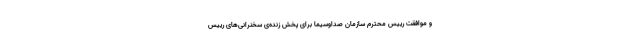
و موافقت رییس محترم سازمان صداوسیما برای پخش زنده‌ی سخنرانی‌های رییس